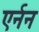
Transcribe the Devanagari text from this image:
एर्नन